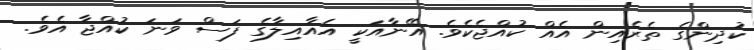
ކުދިންގެ ތެރެއިން އެއް ކުއްޖެކެވެ. އޭނާއަކީ އެއާއިލާގެ ފަސް ވަނަ ކުއްޖާ އެވެ.